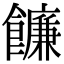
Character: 䭠